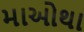
માઓથા